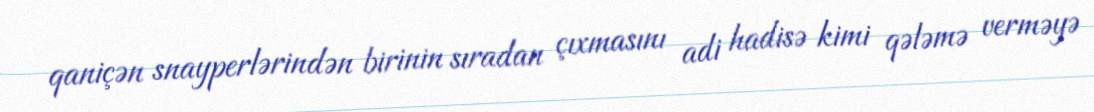
qaniçən snayperlərindən birinin sıradan çıxmasını adi hadisə kimi qələmə verməyə